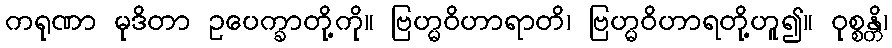
ကရုဏာ မုဒိတာ ဥပေက္ခာတို့ကို။ ဗြဟ္မဝိဟာရာတိ၊ ဗြဟ္မဝိဟာရတို့ဟူ၍။ ဝုစ္စန္တိ၊